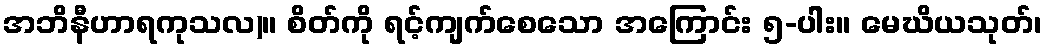
အဘိနီဟာရကုသလ)။ စိတ်ကို ရင့်ကျက်စေသော အကြောင်း ၅-ပါး။ မေဃိယသုတ်၊